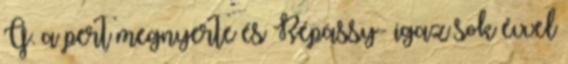
G. a pert megnyerte és Répássy- igaz sok évvel